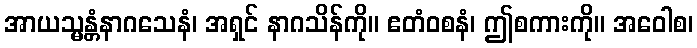
အာယသ္မန္တံနာဂသေနံ၊ အရှင် နာဂသိန်ကို။ ဧတံဝစနံ၊ ဤစကားကို။ အဝေါစ၊